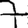
Digit: 7